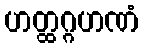
ဟတ္ထဂ္ဂဟဏံ